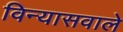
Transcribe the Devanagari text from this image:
विन्यासवाले